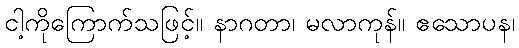
ငါ့ကိုကြောက်သဖြင့်။ နာဂတာ၊ မလာကုန်။ ဧသောပန၊